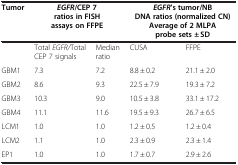
<table><thead><tr><td><b>Tumor</b></td><td colspan="2"><b><i>EGFR</i>/CEP 7 ratios in FISH assays on FFPE</b></td><td colspan="2"><b><i>EGFR</i>’s tumor/NB DNA ratios (normalized CN) Average of 2 MLPA probe sets ± SD</b></td></tr></thead><tbody><tr><td>[EMPTY_CELL]</td><td>Total <i>EGFR/</i>Total CEP 7 signals</td><td>Median ratio</td><td>CUSA</td><td>FFPE</td></tr><tr><td>GBM1</td><td>7.3</td><td>7.2</td><td>8.8 ± 0.2</td><td>21.1 ± 2.0</td></tr><tr><td>GBM2</td><td>8.6</td><td>9.3</td><td>22.5 ± 7.9</td><td>19.3 ± 7.2</td></tr><tr><td>GBM3</td><td>10.3</td><td>9.0</td><td>10.5 ± 3.8</td><td>33.1 ± 17.2</td></tr><tr><td>GBM4</td><td>11.1</td><td>11.6</td><td>19.5 ± 9.3</td><td>26.7 ± 6.5</td></tr><tr><td>LCM1</td><td>1.0</td><td>1.0</td><td>1.2 ± 0.5</td><td>1.2 ± 0.4</td></tr><tr><td>LCM2</td><td>1.1</td><td>1.0</td><td>2.3 ± 0.9</td><td>2.3 ± 1.4</td></tr><tr><td>EP1</td><td>1.0</td><td>1.0</td><td>1.7 ± 0.7</td><td>2.9 ± 2.6</td></tr></tbody></table>